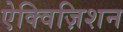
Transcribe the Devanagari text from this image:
ऐक्विज़िशन